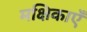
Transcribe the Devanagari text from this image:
मक्षिकाएँ